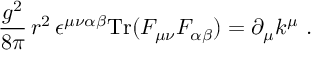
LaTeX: \frac { g ^ { 2 } } { 8 \pi } \, r ^ { 2 } \, \epsilon ^ { \mu \nu \alpha \beta } \mathrm { T r } ( F _ { \mu \nu } F _ { \alpha \beta } ) = \partial _ { \mu } k ^ { \mu } \ .